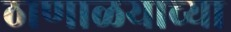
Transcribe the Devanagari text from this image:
ठाणाळयाच्या